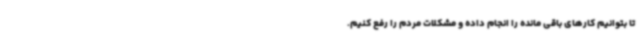
تا بتوانیم کارهای باقی مانده را انجام داده و مشکلات مردم را رفع کنیم.